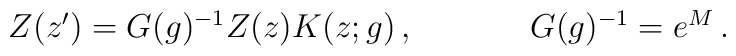
\begin{array}{cc}Z(z^{\prime})=G(g)^{-1}Z(z)K(z;g)\,,~~~~&~~~~G(g)^{-1}=e^{M}\,.\end{array}